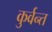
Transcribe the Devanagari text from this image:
कुर्वन्त